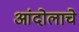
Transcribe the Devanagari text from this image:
आंदोलाचे